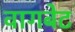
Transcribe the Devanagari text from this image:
वागबेट